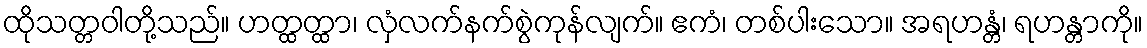
ထိုသတ္တဝါတို့သည်။ ဟတ္ထတ္ထာ၊ လှံလက်နက်စွဲကုန်လျက်။ ဧကံ၊ တစ်ပါးသော။ အရဟန္တံ၊ ရဟန္တာကို။